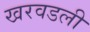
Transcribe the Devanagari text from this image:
खरवडली